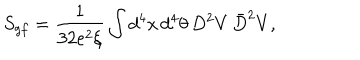
LaTeX: S _ { g f } = \frac { 1 } { 3 2 e ^ { 2 } \xi } \int d ^ { 4 } x \, d ^ { 4 } \theta \, D ^ { 2 } V \, \bar { D } ^ { 2 } V ,